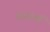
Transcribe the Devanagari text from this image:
राजवर्मा